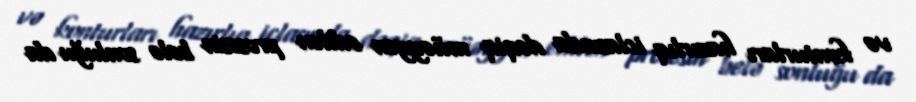
və konturları hazırlıq iclasında dəqiq müəyyən edilən prosesin belə sonluğu da